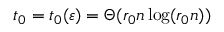
t _ { 0 } = t _ { 0 } ( \varepsilon ) = \Theta ( r _ { 0 } n \log ( r _ { 0 } n ) )